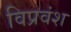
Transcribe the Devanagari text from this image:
विप्रवंश